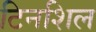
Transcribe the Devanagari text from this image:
टिनशिल